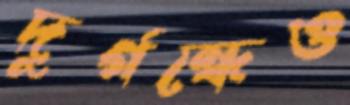
দুর্গন্ধেও